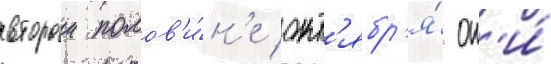
второи полов'и́н'е окт'ябр'я́ он'и́